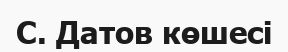
С. Датов көшесі